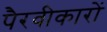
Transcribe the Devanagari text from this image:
पैरवीकारों